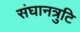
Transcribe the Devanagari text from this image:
संघानत्रुटि